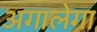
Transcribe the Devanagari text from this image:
अगालेगा